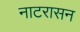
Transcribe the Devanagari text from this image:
नाटरासन